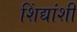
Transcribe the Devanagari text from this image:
शिंद्यांशी